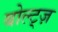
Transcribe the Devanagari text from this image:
बोल्ट्ज़